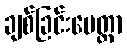
ချစ်ခြင်းမေတ္တာ